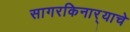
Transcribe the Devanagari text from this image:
सागरकिनार्‍याचे